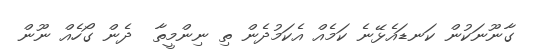
ގާނޫނަކުން ކަނޑައެޅޭނެ ކަމެއް އެކަމުދެން ތި ނިންމީތާ  ދެން ގޯހެއް ނޫން